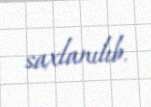
saxlanılıb.